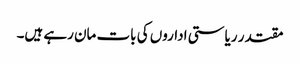
مقتدر ریاستی اداروں کی بات مان رہے ہیں۔